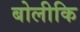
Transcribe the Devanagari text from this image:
बोलीकि